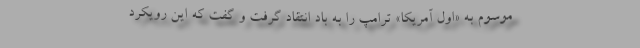
موسوم به «اول آمریکا» ترامپ را به باد انتقاد گرفت و گفت که این رویکرد